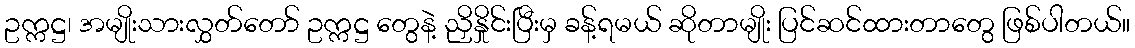
ဥက္ကဋ္ဌ၊ အမျိုးသားလွှတ်တော် ဥက္ကဋ္ဌ တွေနဲ့ ညှိနှိုင်းပြီးမှ ခန့်ရမယ် ဆိုတာမျိုး ပြင်ဆင်ထားတာတွေ ဖြစ်ပါတယ်။